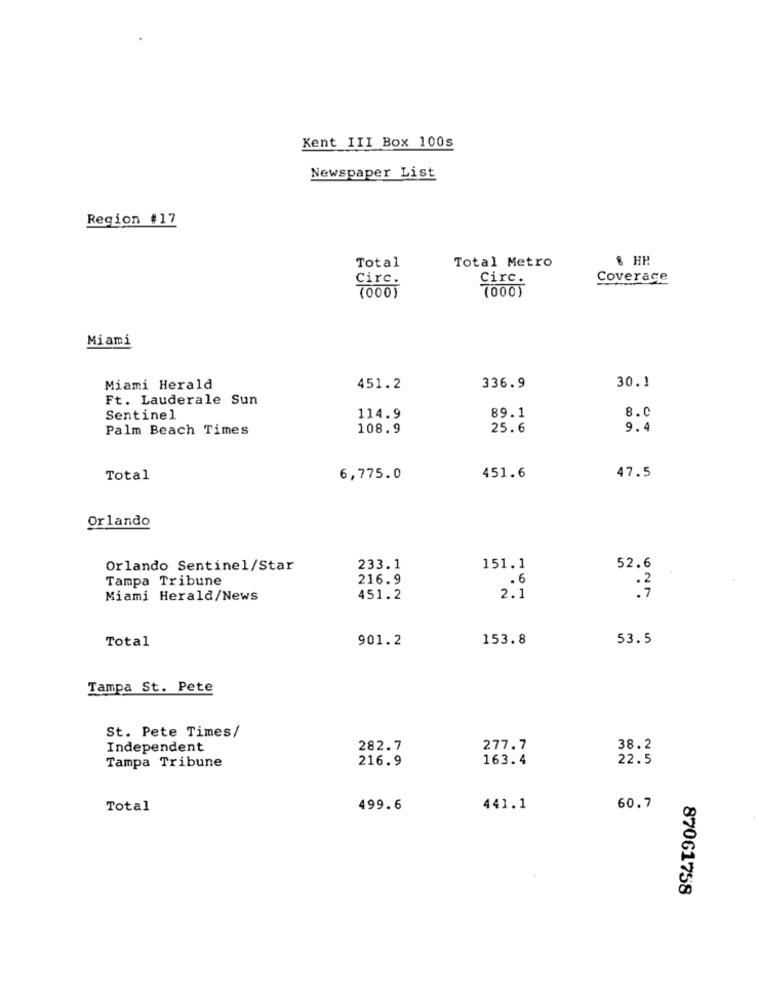
Kent III Box 100s
Newspaper List
Region #17
Total
Total Metro
Circ.
Circ.
Coverage
(000)
(000)
Miami
Miami Herald
451.2
336.9
30.1
Ft. Lauderale Sun
8.0
Sentinel
114.9
89.1
Palm Beach Times
108.9
25.6
9.4
Total
6,775.0
451.6
47.5
Orlando
Orlando Sentinel/Star
233.1
151.1
52.6
Tampa Tribune
216.9
.. 6
.2
Miami Herald/News
451.2
2.1
Total
901.2
153.8
53.5
Tampa St. Pete
St. Pete Times/
Independent
282.7
277.7
38.2
216.9
163.4
22.5
Tampa Tribune
Total
499.6
441.1
60.7
87061758